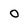
Character: 0